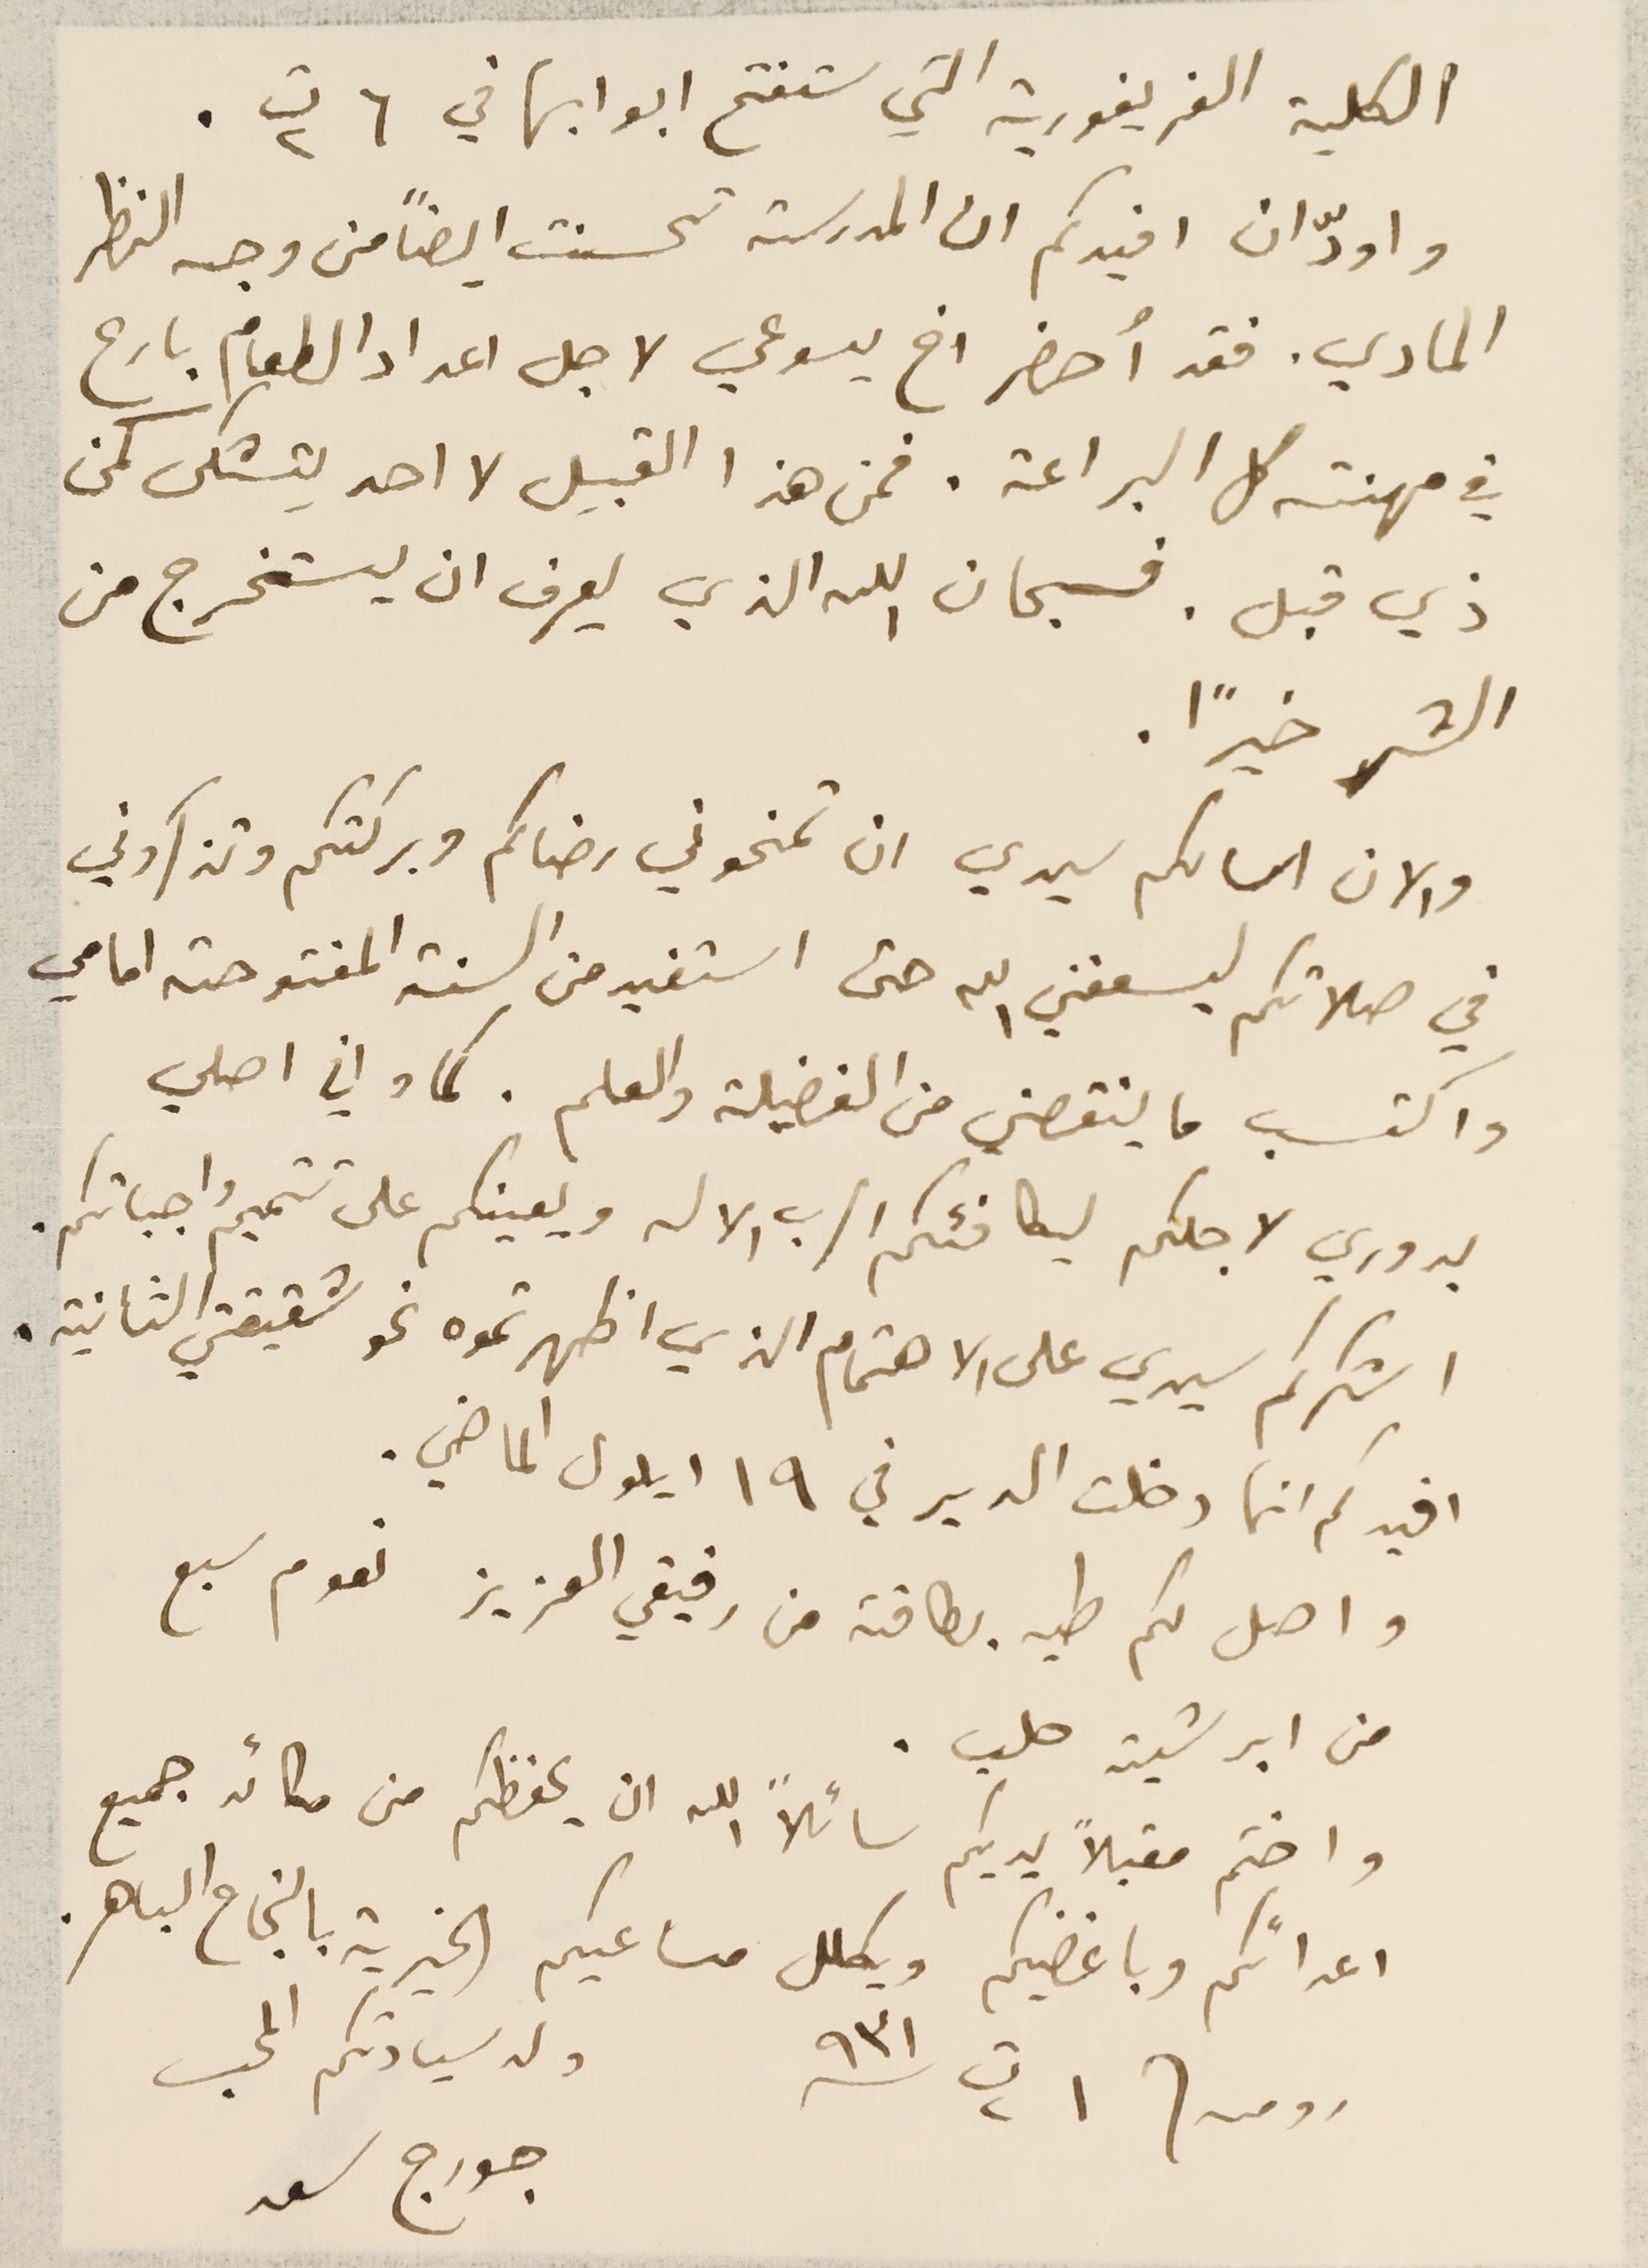
الكلية الغريغورية التي ستفتح ابوابها في ٦ ت٢.
واودّ ان افيدكم ان المدرسة تحسنت ايضاً من وجه النظر
المادي. فقد أحضر اخ يسوعي لاجل اعداد الطعام بارع
في مهنته كل البراعة. فمن هذا القبيل لا احد يتشكى كمن
ذي قبل. فسبحان الله الذي يعرف ان يستخرج من
الشر خيرًا.
والان اسالكم سيدي ان تمنحوني رضاكم وبركتكم وتذكروني
في صلاتكم ليسعفني الله حتى استفيد من السنة المفتوحة امامي
واكتسب ما ينقصني من الفضيلة والعلم. كما واني اصلي
بدوري لاجلكم ليكافئكم الرب الاله ويعينكم على تتميم واجباتكم.
اشكركم سيدي على الاهتمام الذي اظهرتموه نحو شقيقتي الثانية.
افيدكم انها دخلت الدير في ١٩ ايلول الماضي.
واصل لكم طيه بطاقة من رفيقي العزيز نعوم سبع
من ابرشية حلب.
واختم مقبلاً يديكم سائلاً الله ان يحفظكم من مكائد جميع
اعدائكم وباغضيكم ويكلل مساعيكم الخيرية بالنجاح الباهر.
رومىه/  ١ ت٢ ٩٣١
جورج سعد
ولد سيادتكم المحب